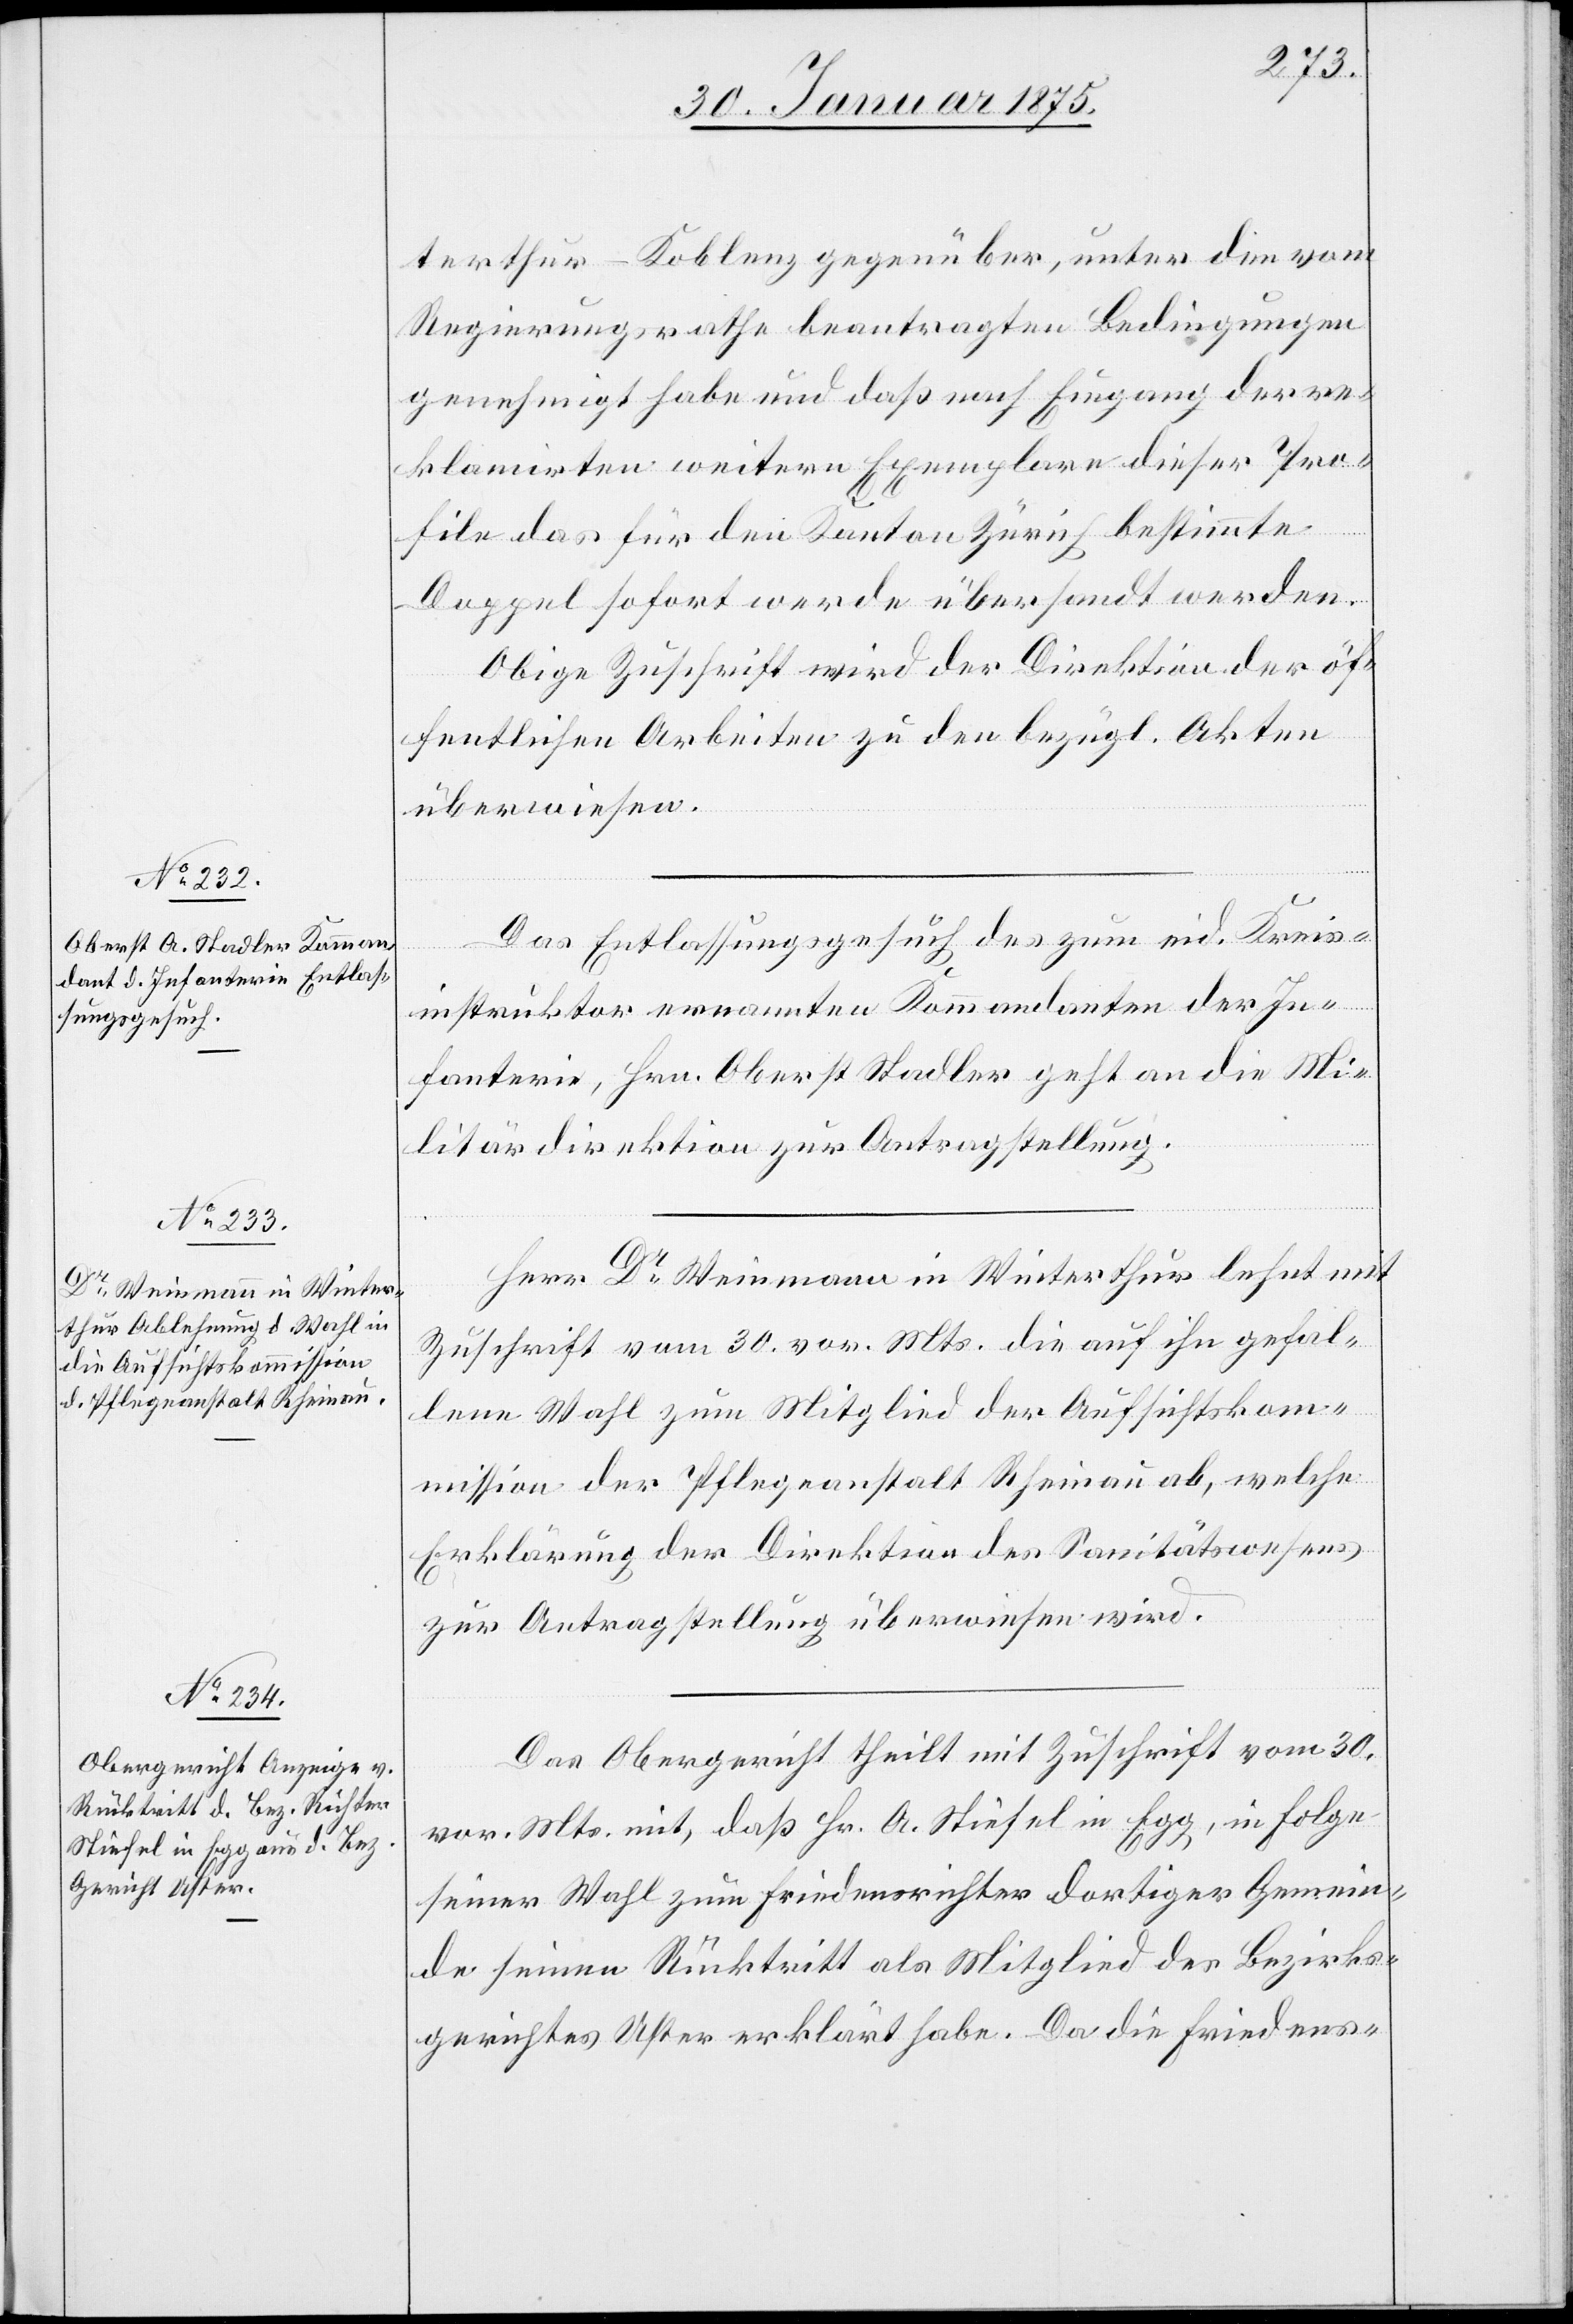
thur–Koblenz gegenüber, unter den vom
Regierungsrathe beauftragten Bedingungen
genehmigt habe und daß nach Eingang der re¬
klamirten weitern Exemplare dieser Pro¬
file das für den Kanton Zürich bestimmte
Doppel sofort werde übersandt werden.
Obige Zuschrift wird der Direktion der öf¬
fentlichen Arbeiten zu den bezügl. Akten
überweisen.
Das Entlassungsgesuch des zum eid. Kreis¬
instruktor ernannten Kommandanten der In¬
fanterie, Hrn. Oberst Stadler geht an die Mi¬
litärdirektion zur Antragstellung.
Herr Dr Weinmann in Winterthur lehnt mit
Zuschrift vom 30. vor. Mts. die auf ihn gefal¬
lene Wahl zum Mitglied der Aufsichtskom¬
mission der Pflegeanstalt Rheinau ab, welche
Erklärung der Direktion des Sanitätswesens
zur Antragstellung überwiesen wird.
Das Obergericht theilt mit Zuschrift vom 30.
vor. Mts. mit, daß Hr. A. Stiefel in Egg, in Folge
seiner Wahl zum Friedensrichter dortiger Gemein¬
de seinen Rücktritt als Mitglied des Bezirks¬
gerichtes Uster erklärt habe. Da die Friedens-